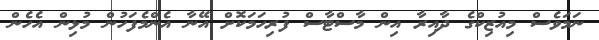
ނަމަވެސް މިއުޒިކްގެ ދާއިރާ އިން މާސްޓާސް ފުރިހަމަކޮށް އޭނާ އެންމެފަހުން މުޅިން އެހެން